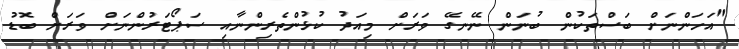
"އަހަންނަށް ބަސްތަކުން ބުނަން ނޭނގޭ ވަރަށް މިއަދު ކުޅުންތެރިންނާއި ސަޕޯޓަރުންނަށް ވަރަށް ބޮޑު